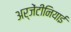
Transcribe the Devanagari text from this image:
अर्जेंटीनियाई